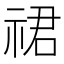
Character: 𬒽